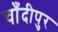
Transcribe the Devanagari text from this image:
चाँदीपुर